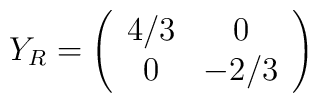
Y_{R}=\left(\begin{array}{cc}            4/3&0\\            0&-2/3            \end{array}\right)